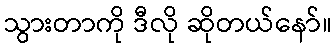
သွားတာကို ဒီလို ဆိုတယ်နော်။